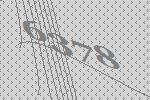
6378